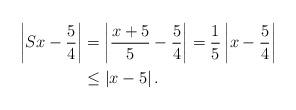
LaTeX: \begin{align*}\left|Sx-\frac{5}{4} \right|&=\left|\frac{x+5}{5}-\frac{5}{4}\right|=\frac{1}{5}\left|x-\frac{5}{4}\right|\\&\leq \left|x-5\right|.\end{align*}